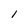
Character: I